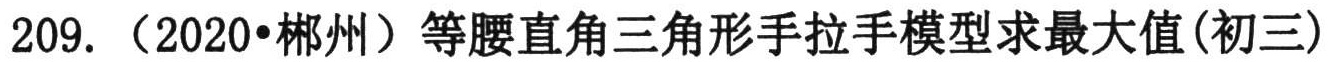
209. （2020•郴州）等腰直角三角形手拉手模型求最大值(初三)